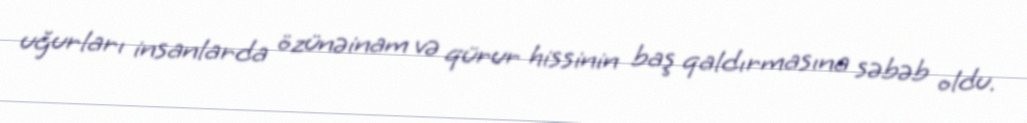
uğurları insanlarda özünəinam və qürur hissinin baş qaldırmasına səbəb oldu.